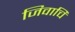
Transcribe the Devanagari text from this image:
जिवाचि